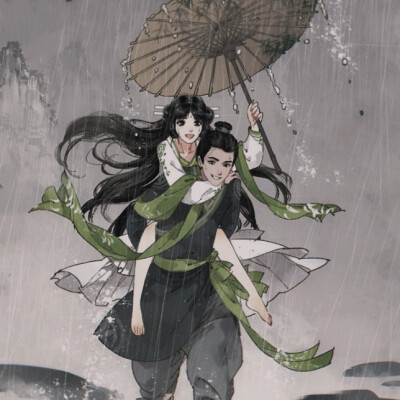
湘女归魂，佩环玉冷无声，凝情谁诉。